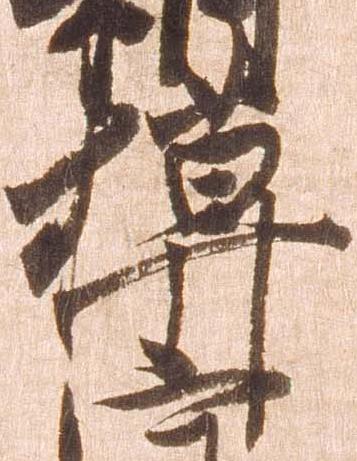
模